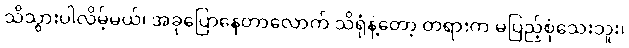
သိသွားပါလိမ့်မယ်၊ အခုပြောနေတာလောက် သိရုံနဲ့တော့ တရားက မပြည့်စုံသေးဘူး၊